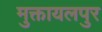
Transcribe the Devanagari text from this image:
मुक्तायलपुर